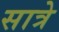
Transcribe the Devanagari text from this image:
सात्रे